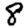
Digit: 8